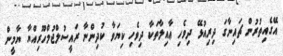
އޭގެއިތުރުން ޗައިނާގަ ދިރިއުޅޭ ދިވެހި ޢާއިލާތަކާ ދިވެހި ކިޔަވާ ކުދިންނާ ރައީސުލްޖުމްހޫރިއްޔާ ޔާމީން